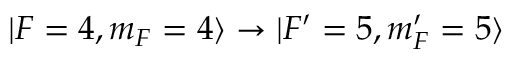
\vert F = 4 , m _ { F } = 4 \rangle \rightarrow \vert F ^ { \prime } = 5 , m _ { F } ^ { \prime } = 5 \rangle